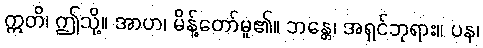
ဣတိ၊ ဤသို့။ အာဟ၊ မိန့်တော်မူ၏။ ဘန္တေ၊ အရှင်ဘုရား။ ပန၊